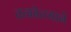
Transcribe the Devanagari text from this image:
तत्ववेत्त्याने